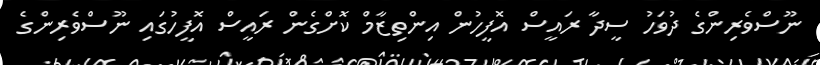
ނޫސްވެރިންގެ ދުވަހު ސީދާ ރައީސް އޮފީހުން އިންތިޒާމް ކޮށްގެން ރައީސް އޮފީހުގައި ނޫސްވެރިންގެ